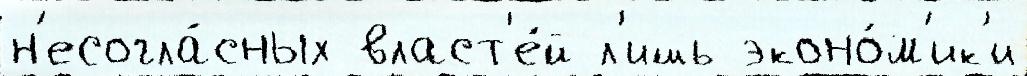
н'есогла́сных власт'е́й л'ишь эконо́м'ик'и